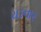
ચડનાર